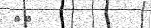
٤٧